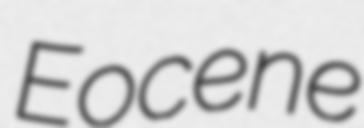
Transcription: Eocene